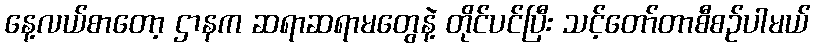
နေ့လယ်စာတော့ ဌာနက ဆရာဆရာမတွေနဲ့ တိုင်ပင်ပြီး သင့်တော်တာစီစဉ်ပါမယ်